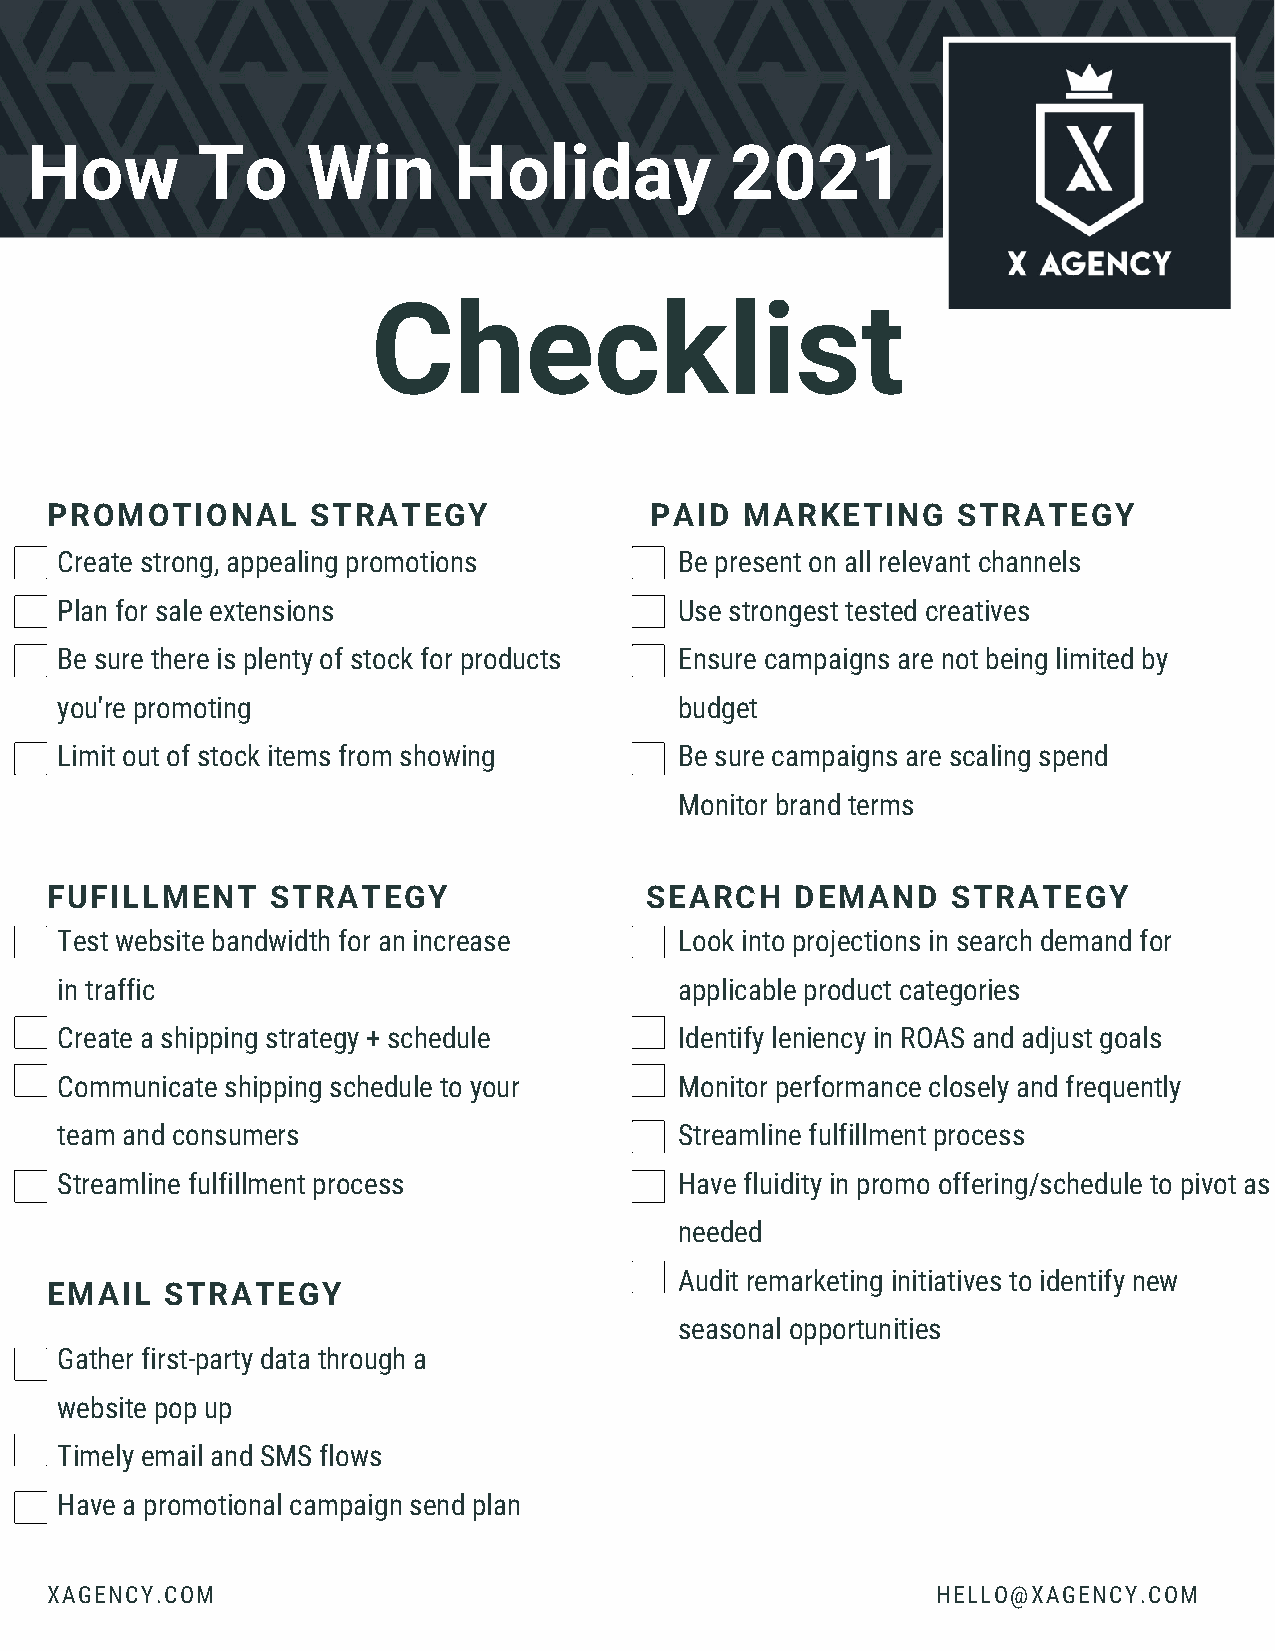
How        To     Win       Holiday           2021
 Checklist
 PROMOTIONAL       STRATEGY              PAID  MARKETING     STRATEGY
 Create strong, appealing promotions      Be present on all relevant channels
 Plan for sale extensions                 Use strongest tested creatives
 Be sure there is plenty of stock for products Ensure campaigns are not being limited by
 you're promoting                         budget
 Limit out of stock items from showing    Be sure campaigns are scaling spend
 Monitor brand terms
 FUFILLMENT     STRATEGY                 SEARCH    DEMAND    STRATEGY
 Test website bandwidth for an increase   Look into projections in search demand for
 in traffic                               applicable product categories
 Create a shipping strategy + schedule    Identify leniency in ROAS and adjust goals
 Communicate shipping schedule to your    Monitor performance closely and frequently
 team and consumers                       Streamline fulfillment process
 Streamline fulfillment process           Have fluidity in promo offering/schedule to pivot as
 needed
 Audit remarketing initiatives to identify new
 EMAIL   STRATEGY
 seasonal opportunities
 Gather first-party data through a
 website pop up
 Timely email and SMS flows
 Have a promotional campaign send plan
 XAGENCY.COM                                                HELLO@XAGENCY.COM